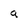
Character: a